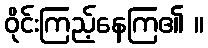
ဝိုင်းကြည့်နေကြ၏ ။